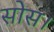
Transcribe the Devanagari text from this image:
सोस।